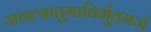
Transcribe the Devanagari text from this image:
जगत्त्रातुमाविर्भूतमजं